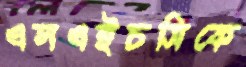
এলএইচসিকে